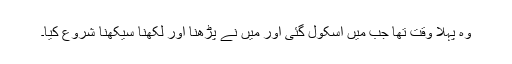
وہ پہلا وقت تھا جب میں اسکول گئی اور میں نے پڑھنا اور لکھنا سیکھنا شروع کیا۔